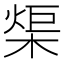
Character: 㮡